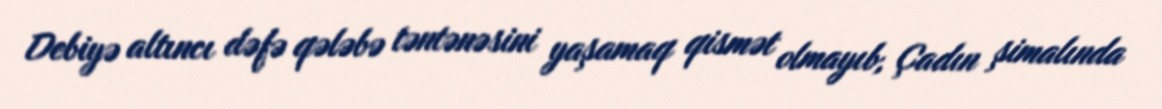
Debiyə altıncı dəfə qələbə təntənəsini yaşamaq qismət olmayıb, Çadın şimalında